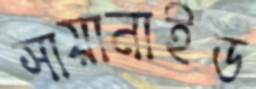
সায়ানাইড